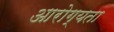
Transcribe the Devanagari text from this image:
आरोग्‍यता